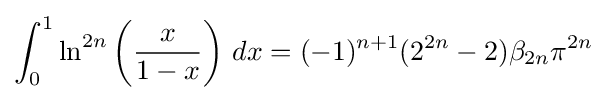
\int _{0}^{1}\ln ^{2n}\left({\frac {x}{1-x}}\right)\,dx=(-1)^{n+1}(2^{2n}-2)\beta _{2n}\pi ^{2n}